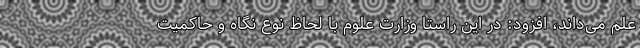
علم می‌داند، افزود: در این راستا وزارت علوم با لحاظ نوع نگاه و حاکمیت